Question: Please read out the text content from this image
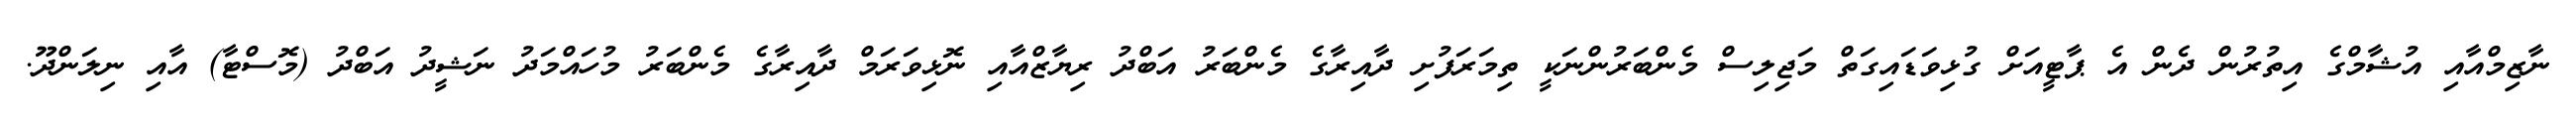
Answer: ނާޒިމްއާއި އުޝާމްގެ އިތުރުން ދެން އެ ޕާޓީއަށް ގުޅިވަޑައިގަތް މަޖިލިސް މެންބަރުންނަކީ ތިމަރަފުށި ދާއިރާގެ މެންބަރު އަބްދު ރިޔާޒްއާއި ނޮޅިވަރަމް ދާއިރާގެ މެންބަރު މުހައްމަދު ނަޝީދު އަބްދު (މޮސްޓާ) އާއި ނިލަންދޫ.